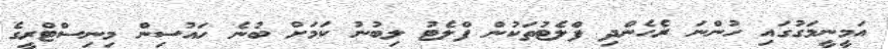
އަމީނީމަގުގައި ހުންނަ ރެހެންދި ފްލެޓުތަކުން ފްލެޓު ލިބުނު ކަމަށް ބުނެ ހައުސިން މިނިސްޓްރީގެ